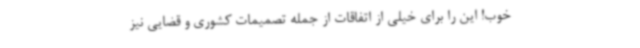
خوب! این را برای خیلی از اتفاقات از جمله تصمیمات کشوری و قضایی نیز